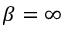
\beta = \infty